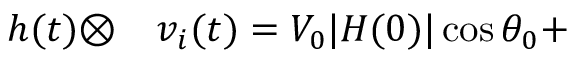
\begin{array} { r l } { h ( t ) \otimes } & { { } v _ { i } ( t ) = V _ { 0 } | H ( 0 ) | \cos \theta _ { 0 } + } \end{array}